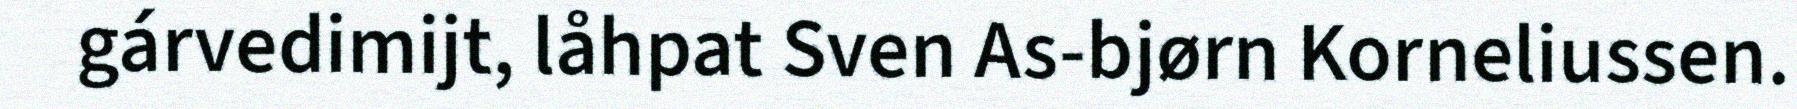
gárvedimijt, låhpat Sven As-bjørn Korneliussen.